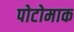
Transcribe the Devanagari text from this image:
पोटोमाक